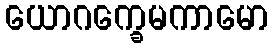
ယောဂက္ခေမကာမော